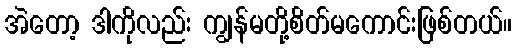
အဲတော့ ဒါကိုလည်း ကျွန်မတို့စိတ်မကောင်းဖြစ်တယ်။